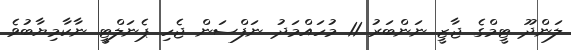
ލަންދޫ ޓީމްގެ ޖާޒީ ނަންބަރު 11 މުހައްމަދު ނަފްސަން ޖެހި ޕެނަލްޓީ ނާކާމިޔާބުވެ